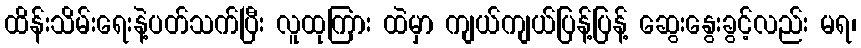
ထိန်းသိမ်းရေးနဲ့ပတ်သက်ပြီး လူထုကြား ထဲမှာ ကျယ်ကျယ်ပြန့်ပြန့် ဆွေးနွေးခွင့်လည်း မရ၊